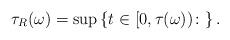
LaTeX: \begin{align*} \tau_R(\omega) = \sup \left\{ t \in [0,\tau(\omega)) \colon \right\}.\end{align*}